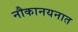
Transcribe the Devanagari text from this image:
नौकानयनात